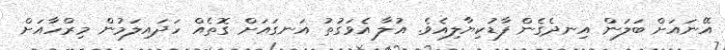
އޭނައަށް ބަލަން އިނދެގެން ފާޑުކިޔާލިއެވެ. އުލާ އެވަގުތު އަނގައަށް ގޮތެއް ހަދައިލަމުން މިރްހާއަށް